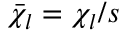
\bar { \chi } _ { l } = \chi _ { l } / s